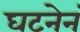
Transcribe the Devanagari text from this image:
घटनेनं